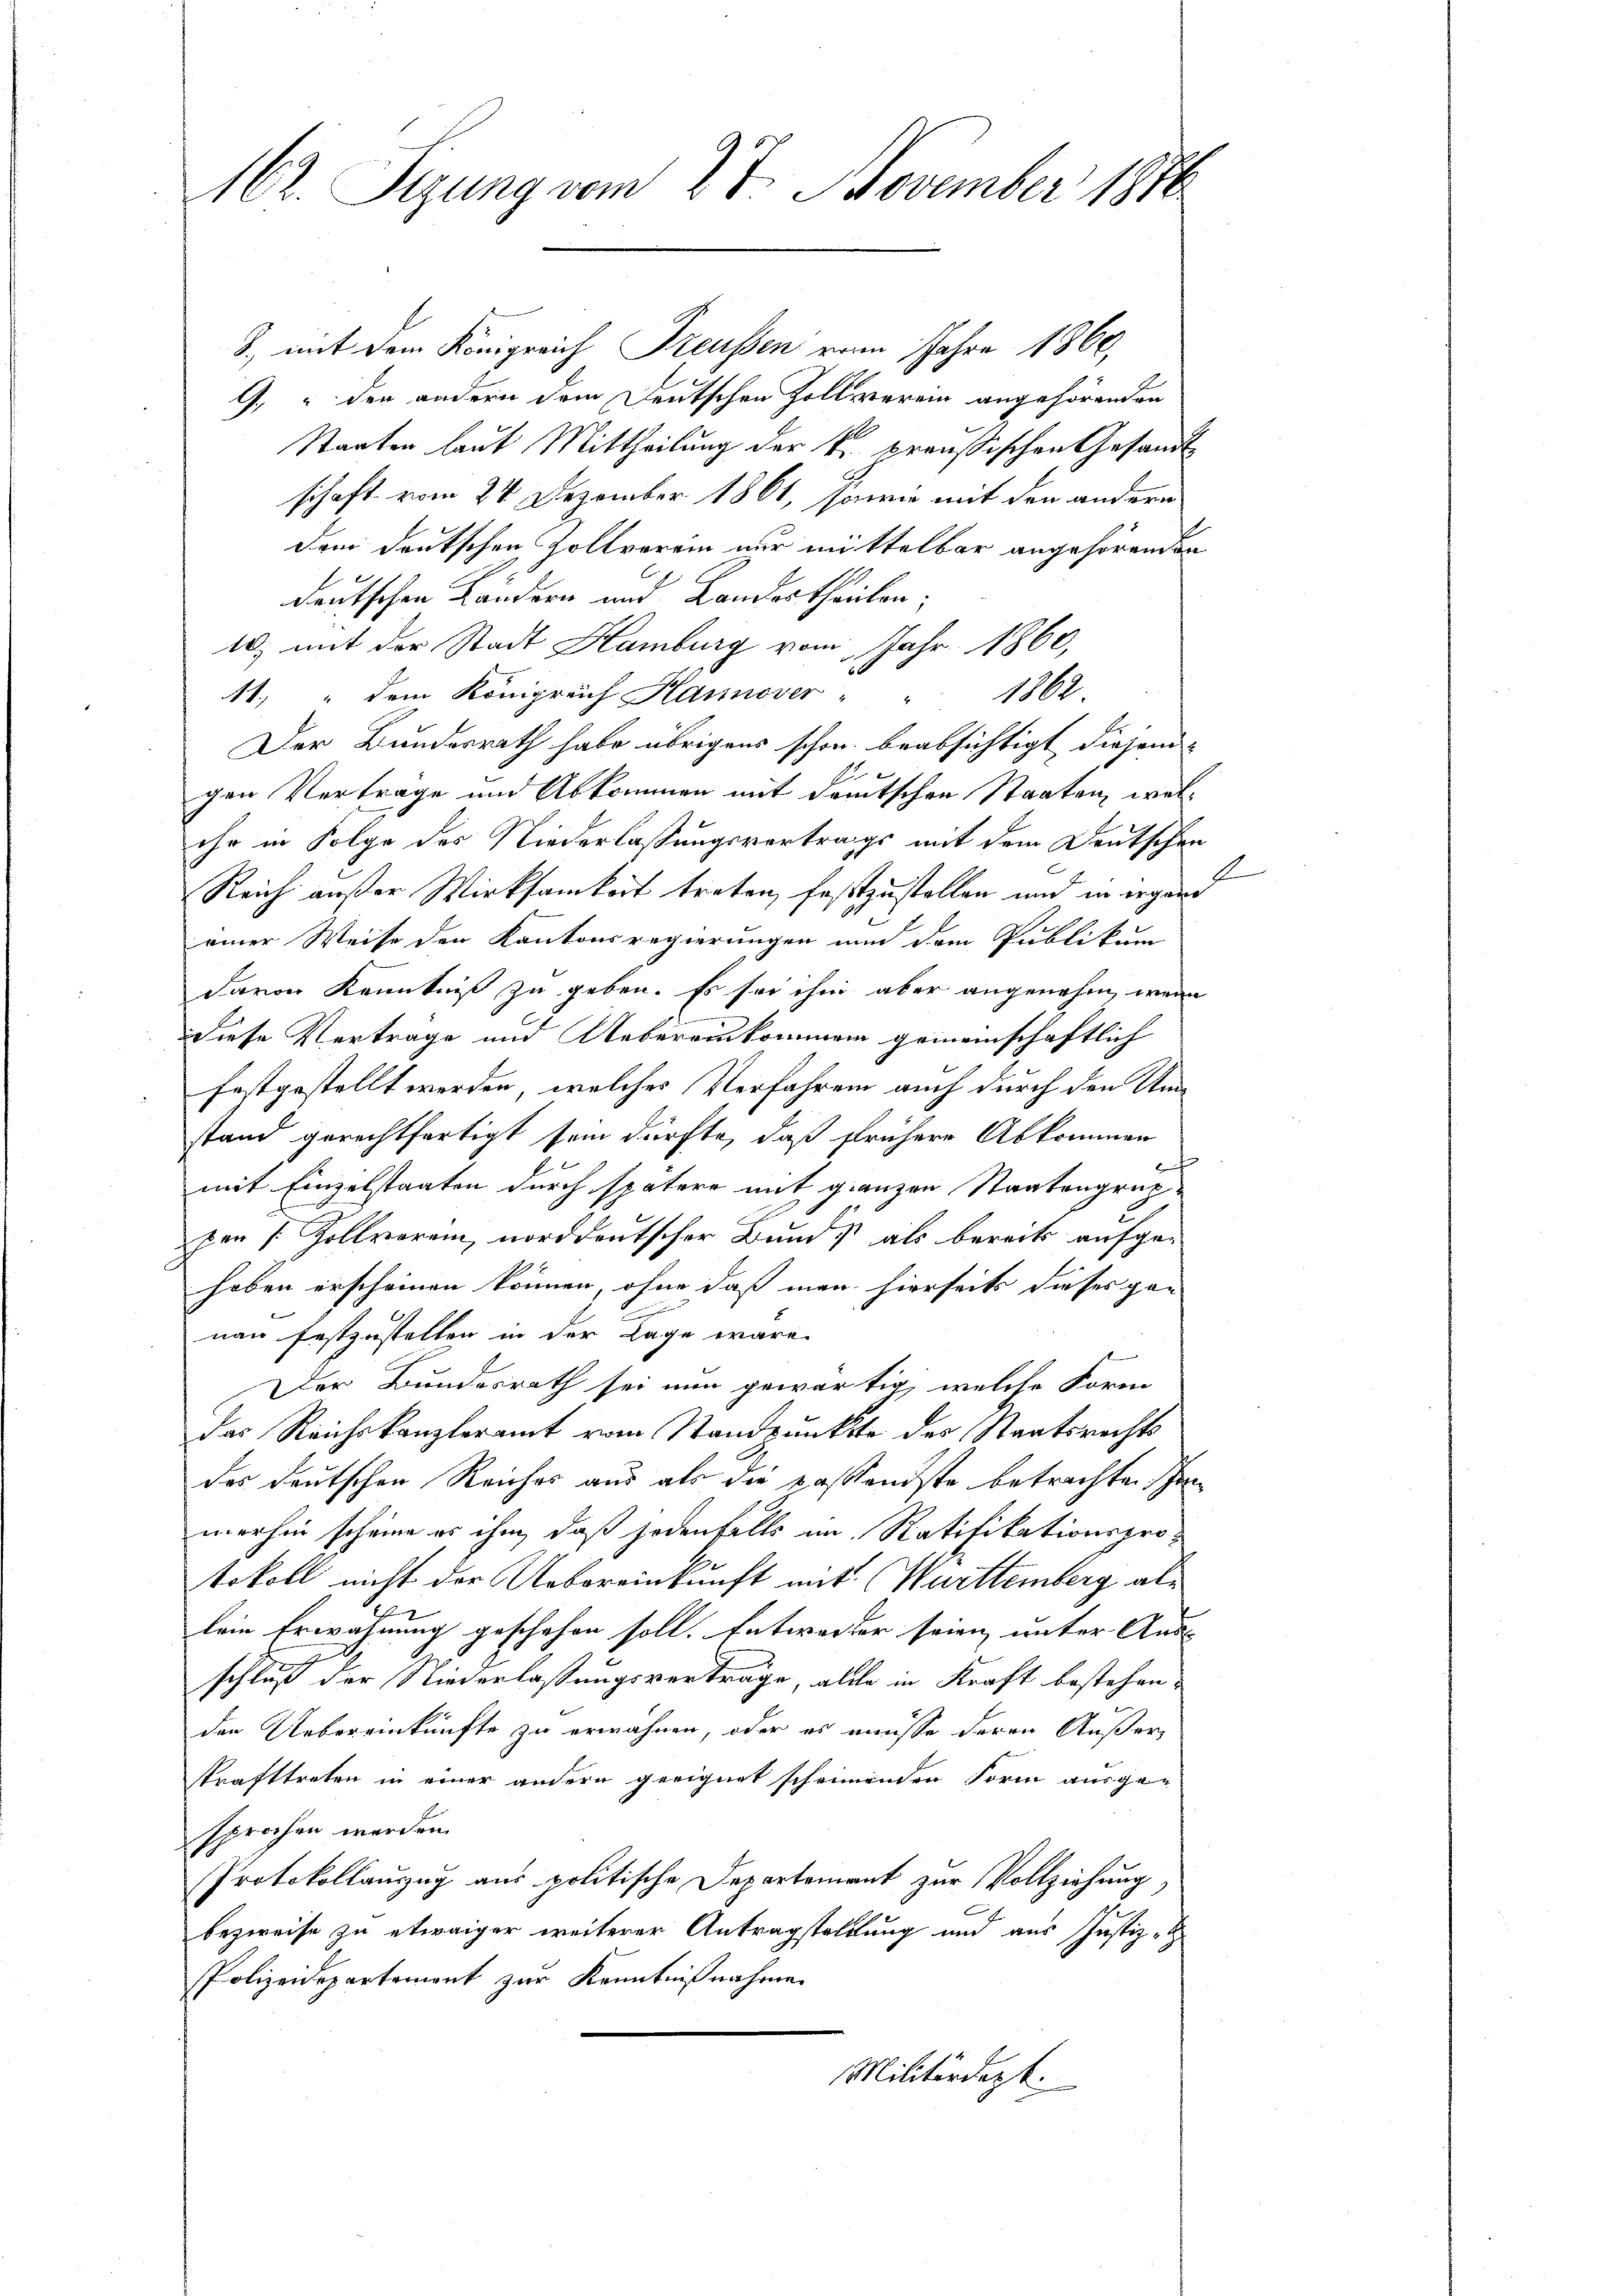
3., mit dem Königreich Freussen vom Jahre 1860,
, u der andern dem Deutschen Zollverein angehörenden
Staaten laut Mittheilung der k. preußischen Gesandt
schaft vom 24. Dezember 1861, sowie mit den andern
dem deutschen Zollverein nur mittelbar angehörenden
deutschen Kändern und Landortheilen;
t, mit der Stadt Hamburg vom Jahr 1860,
A1. " dem Königreich Hannover " " 1862.
Der Bundesrath habe übrigens schon beabsichtigt diejeni-
gen Vertrage und Abkommen mit deutschen Staaten, welihr in Folge des Niederlassungsvortrags mit dem Deutschen
I
Reich außer Wirksamkort treten, festzustellen und in ergane
einer Weise den Kantonsregierungen nun dem Publikum
davon Kenntniß zu geben. Es sei ihm aber angenehm, wenn
diese Vertrage und Uebereinkommen gemeinschaftlich
festgestellt werden, welches Verfahren auch durch den Umstand gerechtfertigt sein dürfte, daß frühere Abkommen
mit Einzelstaaten durch spätere mit ganzen Staatengruppen s. Zollverei, norddeutscher Bund als bereits aufgehaben erscheinen können, ohne daß man hierseits dieses gan
nau festzustellen in der Lage wäre.
Der Bundesrath sei nun gewärtig, welche Form
das Reichskanzleramt vom Standpunkte des Staatsrechts
des deutschen Reiches aus als die passendste betrachten Schre
merhin scheine es ihm, daß jedenfalls im Ratifikationsprotokoll nicht der Uebereinkunft mit Württemberg allein Erwähnung geschehen soll. Entworter seien unter Aus- |
schluß der Niederlaßungsverträge, alle in Kraft bestehen,
den Uebereinkünfte zu erwähnen, oder es müsse deren Außerstrafttreten in einer andern geeignet scheinenden Form ausgen
sprochen werden.
Protokollauszug aus politische Departement zur Vollziehung,
bezweife zu etwaiger weiterer Antragstellung und aus Justiz-
Polizeidepartement zur Kenntnißnahme
Militärdept.

162. Sizung vom 27. November 1876